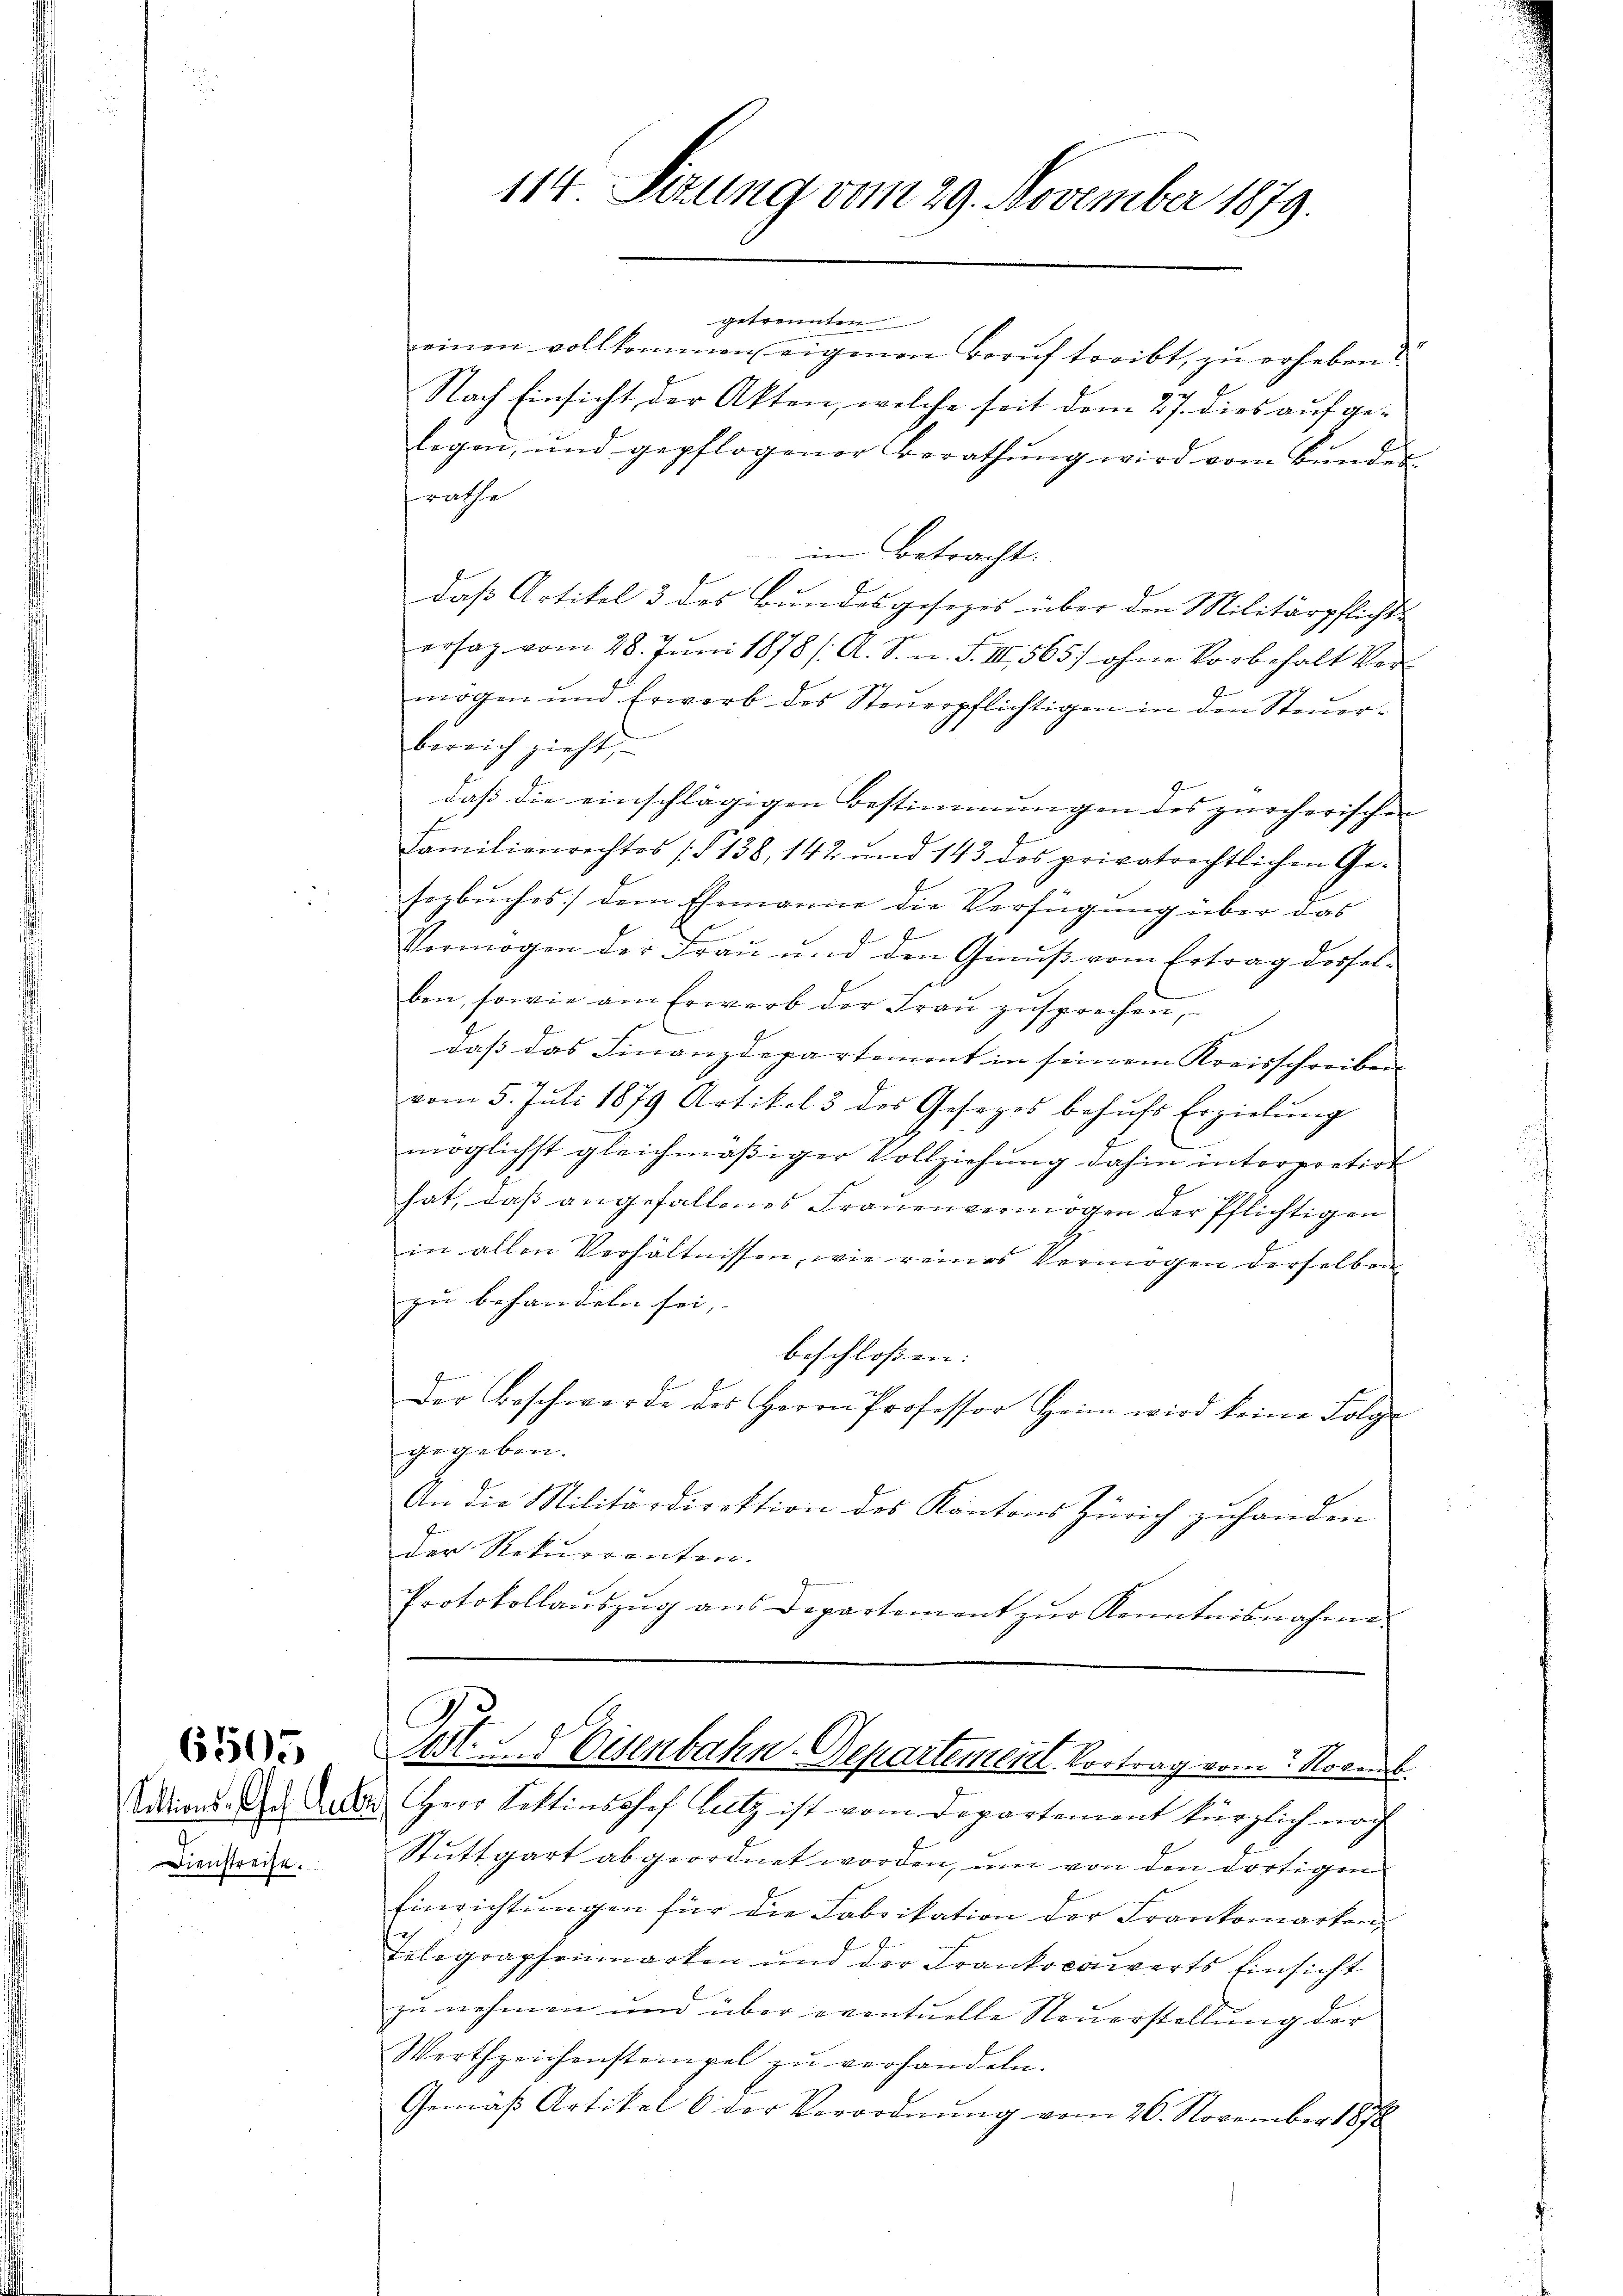
Dienstreise.

114 Sizung vom 29. November 1879.

Ca
d
 Mt. u. Eisenbahn-Departement. Vortrag vom 2. Novemb.
Sidand. Da der Herr Sektionsosef Lutz ist vom Departement kürzlich noch

getrennten
einen vollkommen eigenen Beruf treibt, zu erheben?

Nach Einsicht der Akten, welche seit dem 21. dies auf gelegen, und gepflogener Berathŭng wird vom Bŭndes
rathe
im Betracht.
daß Artikel 3 des Bundesgesezes über den Militärpflichte
ersag vom 28. Juni 1878 / A. S. n. F. III 565) ohne Vorbehalt vermögen und Erwerb des Steŭerpflichtigen in den Steŭer-
bereich zieht,
daß die einschlägigen Bestimmungen des zürcherischen
Familienrechtes (§ 138, 142 und 143 des privatrechtlichen Ge-
sezbuches) dem Ehemanne die Verfügung über das
Vermögen der Frau und den Genuß vom Ertrag desselben, sowie am Erwerb der Frau zusprechen,
daß das Finanzdepartemont in seinem Kreisschreiben
vom 5. Juli 1879 Artikel 3 des Gesezes behŭfs Erzielung
E
möglichst gleichmäßiger Vollziehung dahin interpretirt
hat, daß angefallenes Frauenvermögen der Pflichtigen
in allen Verhältnissen, wie reines Vermögen derselben
zu behandeln sei,
beschlossen:
Der Beschwerde des Herrn Professor Heim wird keine Folg
gegeben.
An die Militärdirektion des Kantons Zürich zuhanden
der Rekurrenten.
Protokollaŭszŭg ans Departement zŭr Kenntnisnahme

Stuttgart abgeordnet worden, um von den dortigen
Einrichtungen für die Fabrikation der Frankomarken,
Telegraphenmarken und der Frankocawerts Einsicht
zu nehmen und über eventuelle Steuerstellung der
Werthzeichenstempel zu verhandeln.
Gemäß Artikel 6 der Verordnung vom 26. November 1878